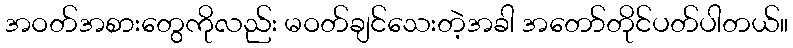
အဝတ်အစားတွေကိုလည်း မဝတ်ချင်သေးတဲ့အခါ အတော်တိုင်ပတ်ပါတယ်။